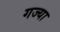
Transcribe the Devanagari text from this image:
गज्या